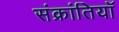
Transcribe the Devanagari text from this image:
संक्रांतियाँ